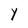
Character: Y